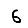
Digit: 6